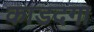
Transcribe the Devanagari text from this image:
काडदगा